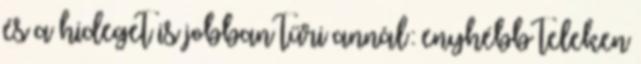
és a hideget is jobban tűri annál: enyhébb teleken